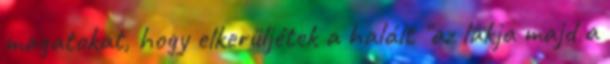
magatokat, hogy elkerüljétek a halált "az lakja majd a